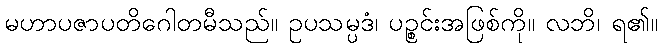
မဟာပဇာပတိဂေါတမီသည်။ ဥပသမ္ပဒံ၊ ပဉ္စင်းအဖြစ်ကို။ လဘိ၊ ရ၏။